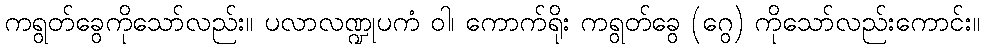
ကရွတ်ခွေကိုသော်လည်း။ ပလာလဏ္ဍုပကံ ဝါ၊ ကောက်ရိုး ကရွတ်ခွေ (ဂွေ) ကိုသော်လည်းကောင်း။